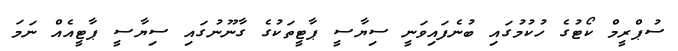
ސުޕްރީމް ކޯޓުގެ ހުކުމުގައި ބުނެފައިވަނީ ސިޔާސީ ޕާޓީތަކުގެ ގާނޫނުގައި ސިޔާސީ ޕާޓީއެއް ނަމަ